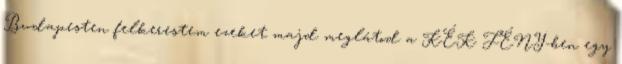
Budapesten felkerestem ezeket majd meglátod a KÉK FÉNY-ben egy